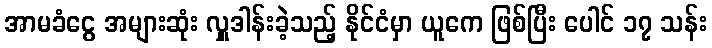
အာမခံငွေ အများဆုံး လှူဒါန်းခဲ့သည့် နိုင်ငံမှာ ယူကေ ဖြစ်ပြီး ပေါင် ၁၇ သန်း